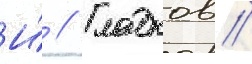
И́ // Гладков //